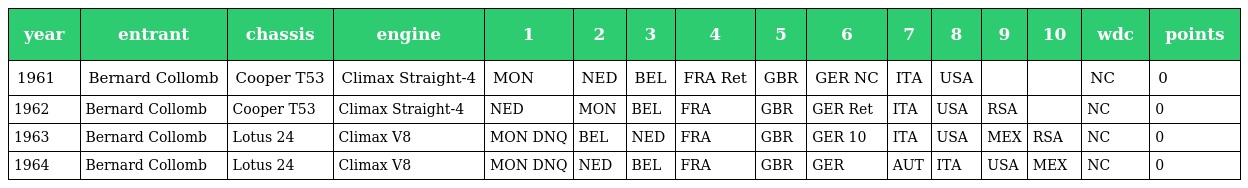
| year | entrant | chassis | engine | 1 | 2 | 3 | 4 | 5 | 6 | 7 | 8 | 9 | 10 | wdc | points |
 | --- | --- | --- | --- | --- | --- | --- | --- | --- | --- | --- | --- | --- | --- | --- | --- |
 | 1961 | Bernard Collomb | Cooper T53 | Climax Straight-4 | MON | NED | BEL | FRA Ret | GBR | GER NC | ITA | USA |  |  | NC | 0 |
 | 1962 | Bernard Collomb | Cooper T53 | Climax Straight-4 | NED | MON | BEL | FRA | GBR | GER Ret | ITA | USA | RSA |  | NC | 0 |
 | 1963 | Bernard Collomb | Lotus 24 | Climax V8 | MON DNQ | BEL | NED | FRA | GBR | GER 10 | ITA | USA | MEX | RSA | NC | 0 |
 | 1964 | Bernard Collomb | Lotus 24 | Climax V8 | MON DNQ | NED | BEL | FRA | GBR | GER | AUT | ITA | USA | MEX | NC | 0 |